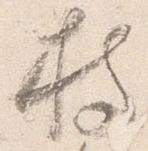
持